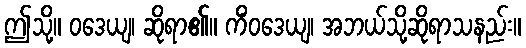
ဤသို့။ ဝဒေယျ၊ ဆိုရာ၏။ ကိံဝဒေယျ၊ အဘယ်သို့ဆိုရာသနည်း။